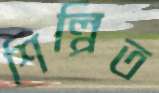
শিল্পিত